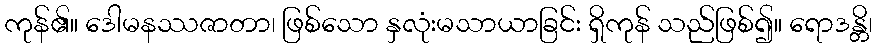
ကုန်၏။ ဒေါမနဿဇာတာ၊ ဖြစ်သော နှလုံးမသာယာခြင်း ရှိကုန် သည်ဖြစ်၍။ ရောဒန္တိ၊